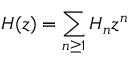
H ( z ) = \sum _ { n \geq 1 } { H _ { n } z ^ { n } }